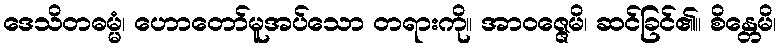
ဒေသိတဓမ္မံ၊ ဟောတော်မူအပ်သော တရားကို။ အာဝဇ္ဇေမိ၊ ဆင်ခြင်၏။ စိန္တေမိ၊